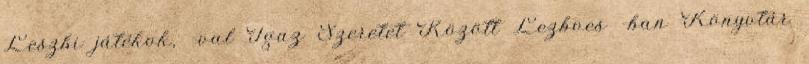
Leszbi játékok, -val Igaz Szeretet Között Lezboes -ban Könyvtár